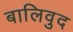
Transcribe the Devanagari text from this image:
बालिवुद